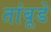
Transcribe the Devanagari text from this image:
तांबूडे